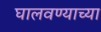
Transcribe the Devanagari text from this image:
घालवण्याच्या